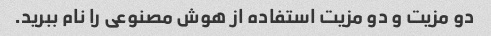
دو مزیت و دو مزیت استفاده از هوش مصنوعی را نام ببرید.